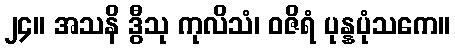
၂၄။ အသနိ ဒွီသု ကုလိသံ၊ ဝဇိရံ ပုန္နပုံသကေ။